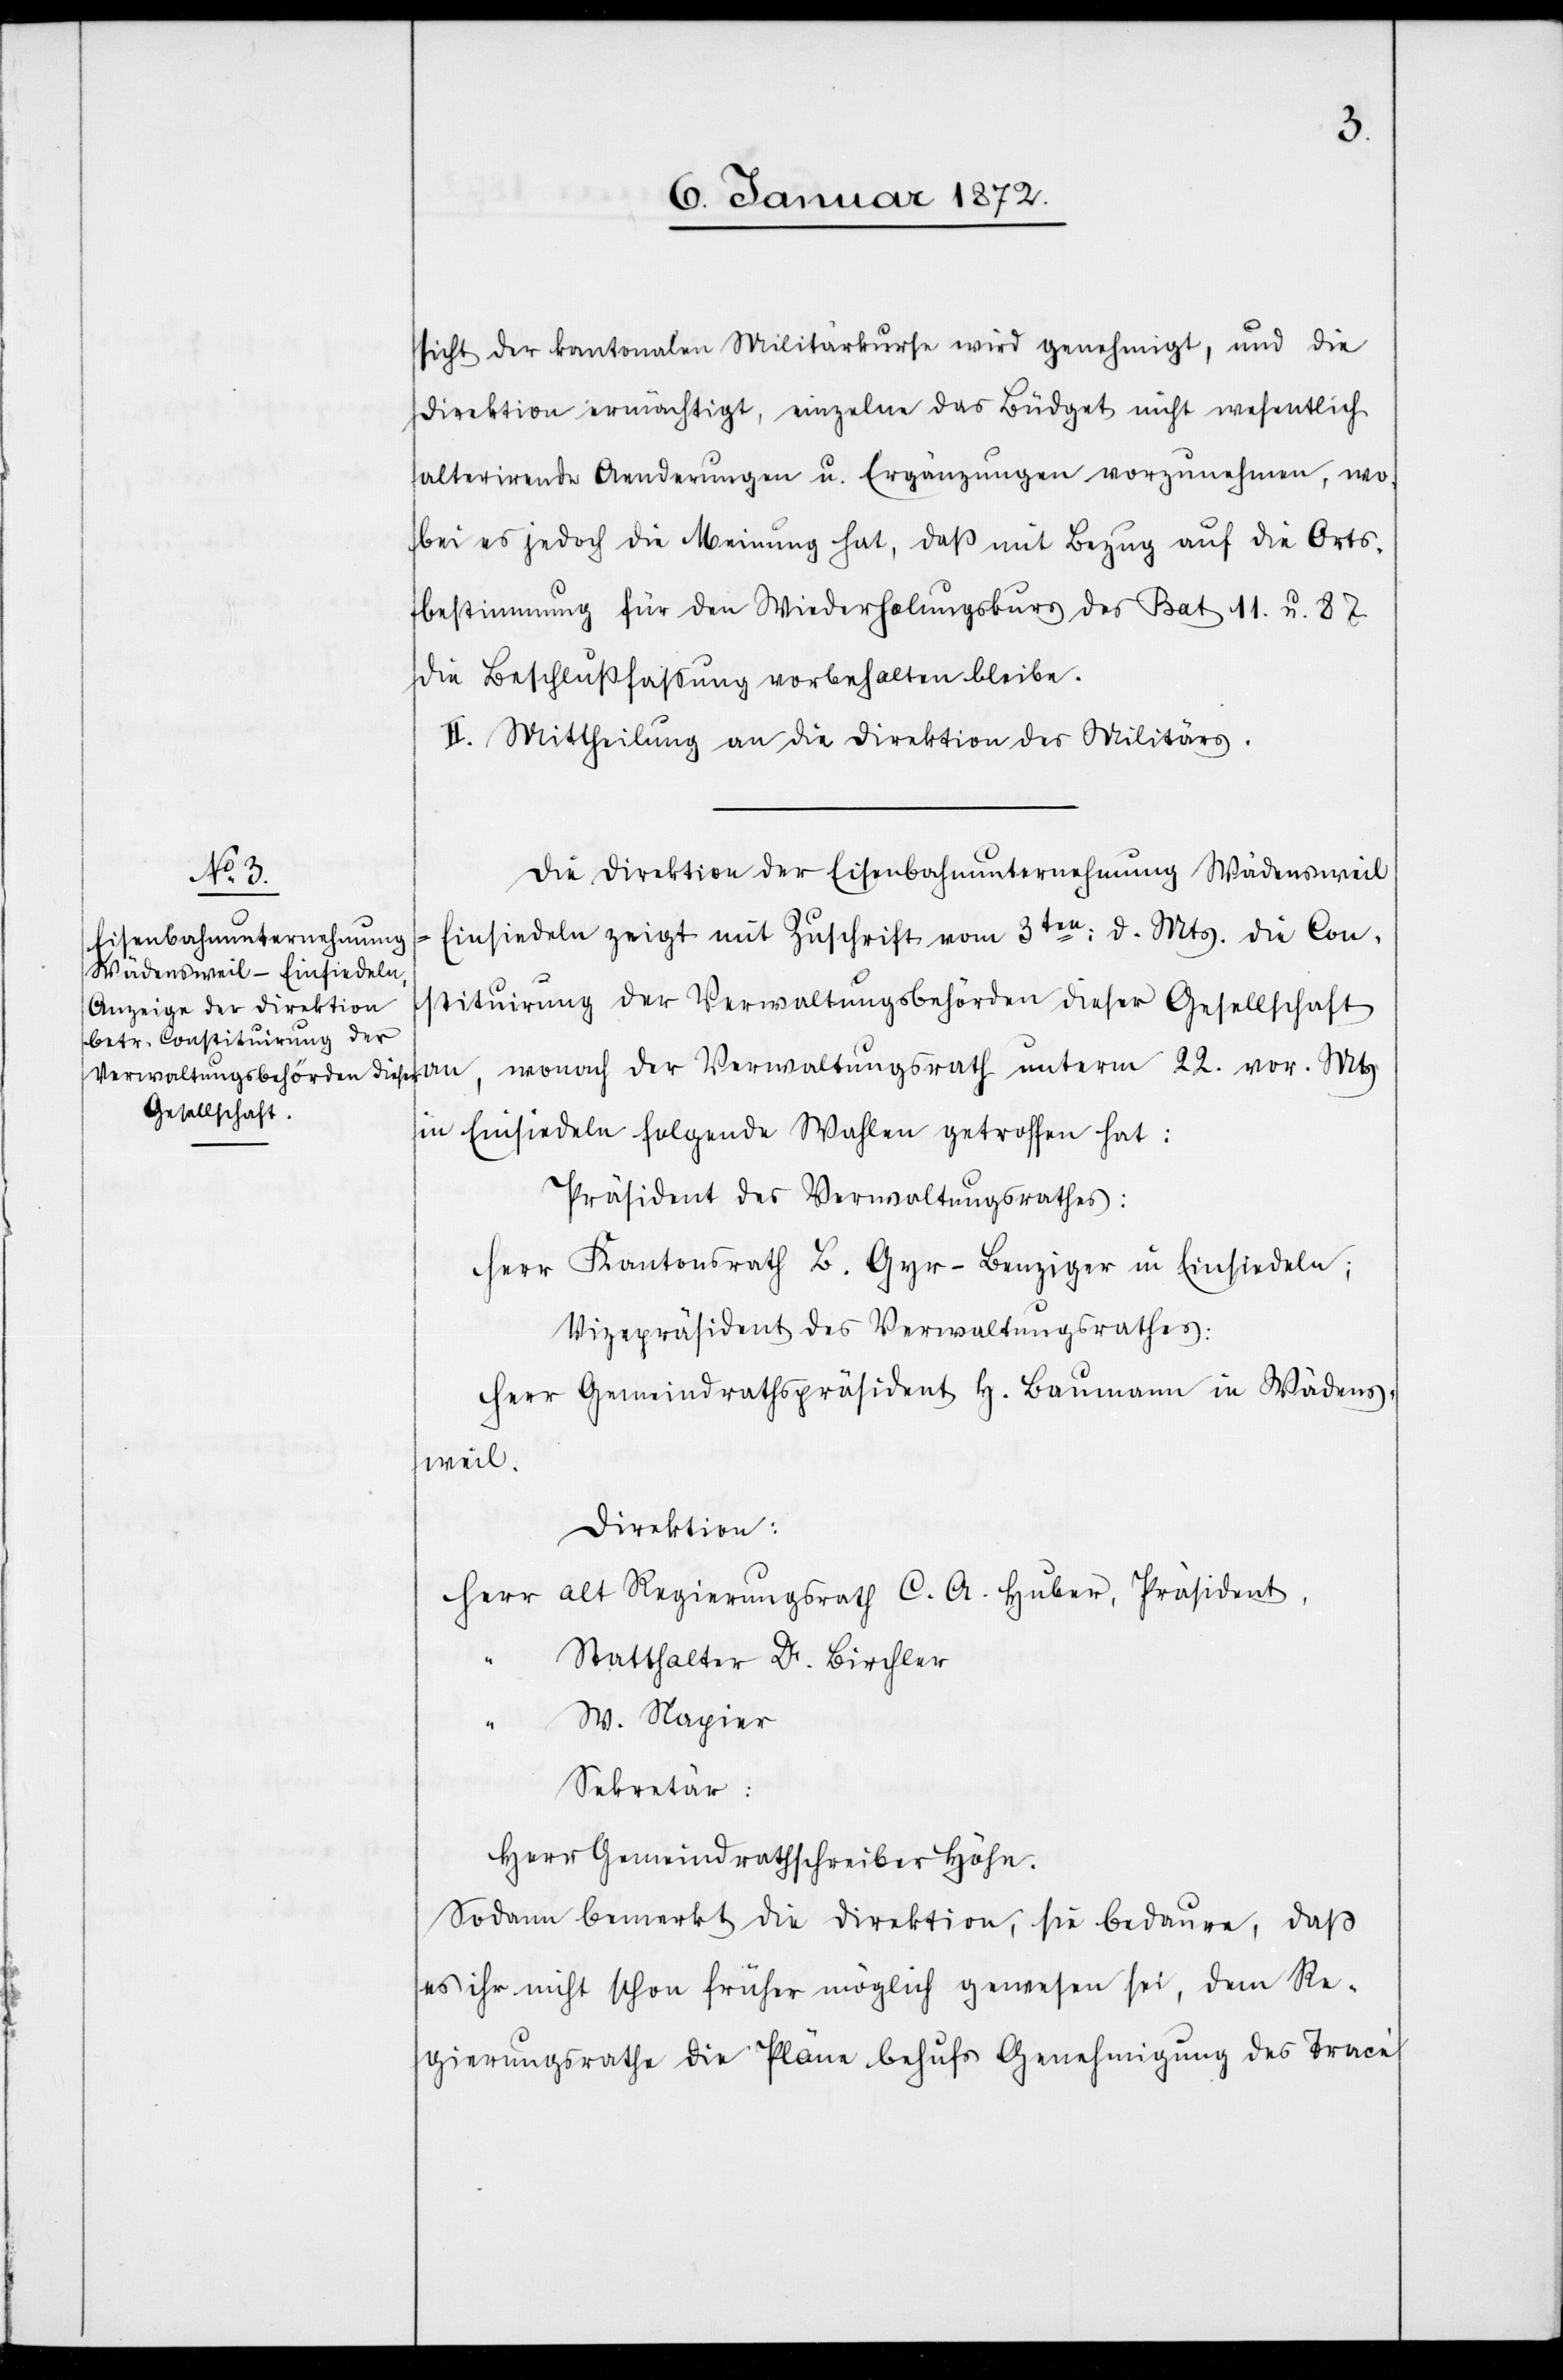
sicht der kantonalen Militärkurse wird genehmigt, und die
Direktion ermächtigt, einzelne das Büdget nicht wesentlich
alterirende Aenderungen u. Ergänzungen vorzunehmen, wo¬
bei es jedoch die Meinung hat, daß mit Bezug auf die Orts¬
bestimmung für den Wiederholungskurs des Bat 11. u. 87
die Beschlußfassung vorbehalten bleibe.
II. Mittheilung an die Direktion des Militärs.
Die Direktion der Eisenbahnunternehmung Wädensweil
– Einsiedeln zeigt mit Zuschrift vom 3ten d. Mts. die Con¬
stituirung der Verwaltungsbehörden dieser Gesellschaft
an, wonach der Verwaltungsrath unterm 22. vor. Mts
in Einsiedeln folgende Wahlen getroffen hat:
Präsident des Verwaltungsrathes:
Herr Kantonsrath [Benedikt] Gyr-Benziger in Einsiedeln;
Vizepräsident der Verwaltungsrathes:
Herr Gemeindrathspräsident H. Baumann in Wädens¬
weil.
Direktion:
Herr alt Regierungsrath C. A. Huber, Präsident.
“
Statthalter Dr Birchler
“ W. Napier
Sekretär:
Herr Gemeindrathschreiber Höhn.
Sodann bemerkt die Direktion, sie bedaure, daß
es ihr nicht schon früher möglich gewesen sei, dem Re¬
gierungsrathe die Pläne behufs Genehmigung des Tracé